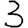
Digit: 3